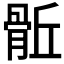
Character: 𩨼